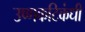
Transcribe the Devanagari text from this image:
उष्णकटिकंधी